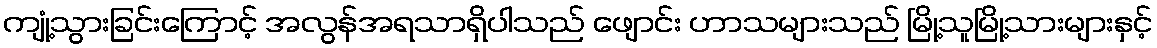
ကျုံ့သွားခြင်းကြောင့် အလွန်အရသာရှိပါသည် ဖျောင်း ဟာသများသည် မြို့သူမြို့သားများနှင့်